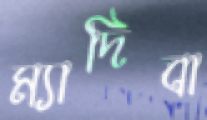
ম্যাদিবা